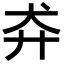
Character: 𬌪